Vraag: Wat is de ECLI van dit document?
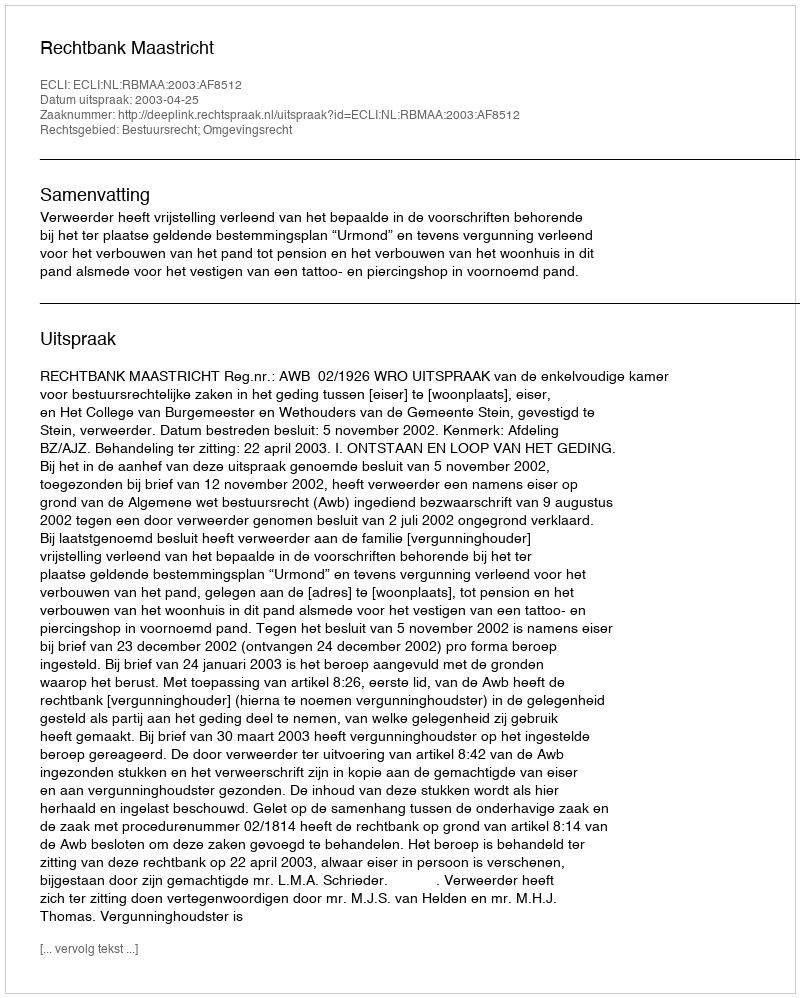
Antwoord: ECLI:NL:RBMAA:2003:AF8512